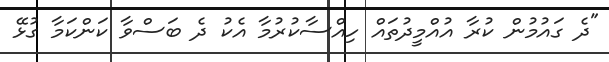
"ދެ ގައުމުން ކުރާ އުއްމީދުތައް ހިއްސާކުރުމާ އެކު ދެ ބަސްވާ ކަންކަމާ ގުޅޭ